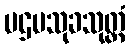
ပဌမသုခသုတ္တံ